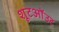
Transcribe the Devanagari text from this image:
शूटऑउट